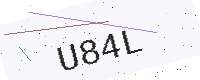
Text: U84L